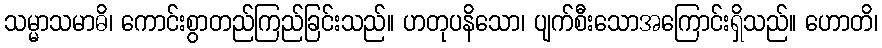
သမ္မာသမာဓိ၊ ကောင်းစွာတည်ကြည်ခြင်းသည်။ ဟတုပနိသော၊ ပျက်စီးသောအကြောင်းရှိသည်။ ဟောတိ၊